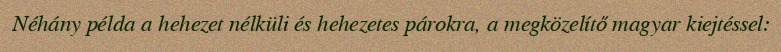
Néhány példa a hehezet nélküli és hehezetes párokra, a megközelítő magyar kiejtéssel: